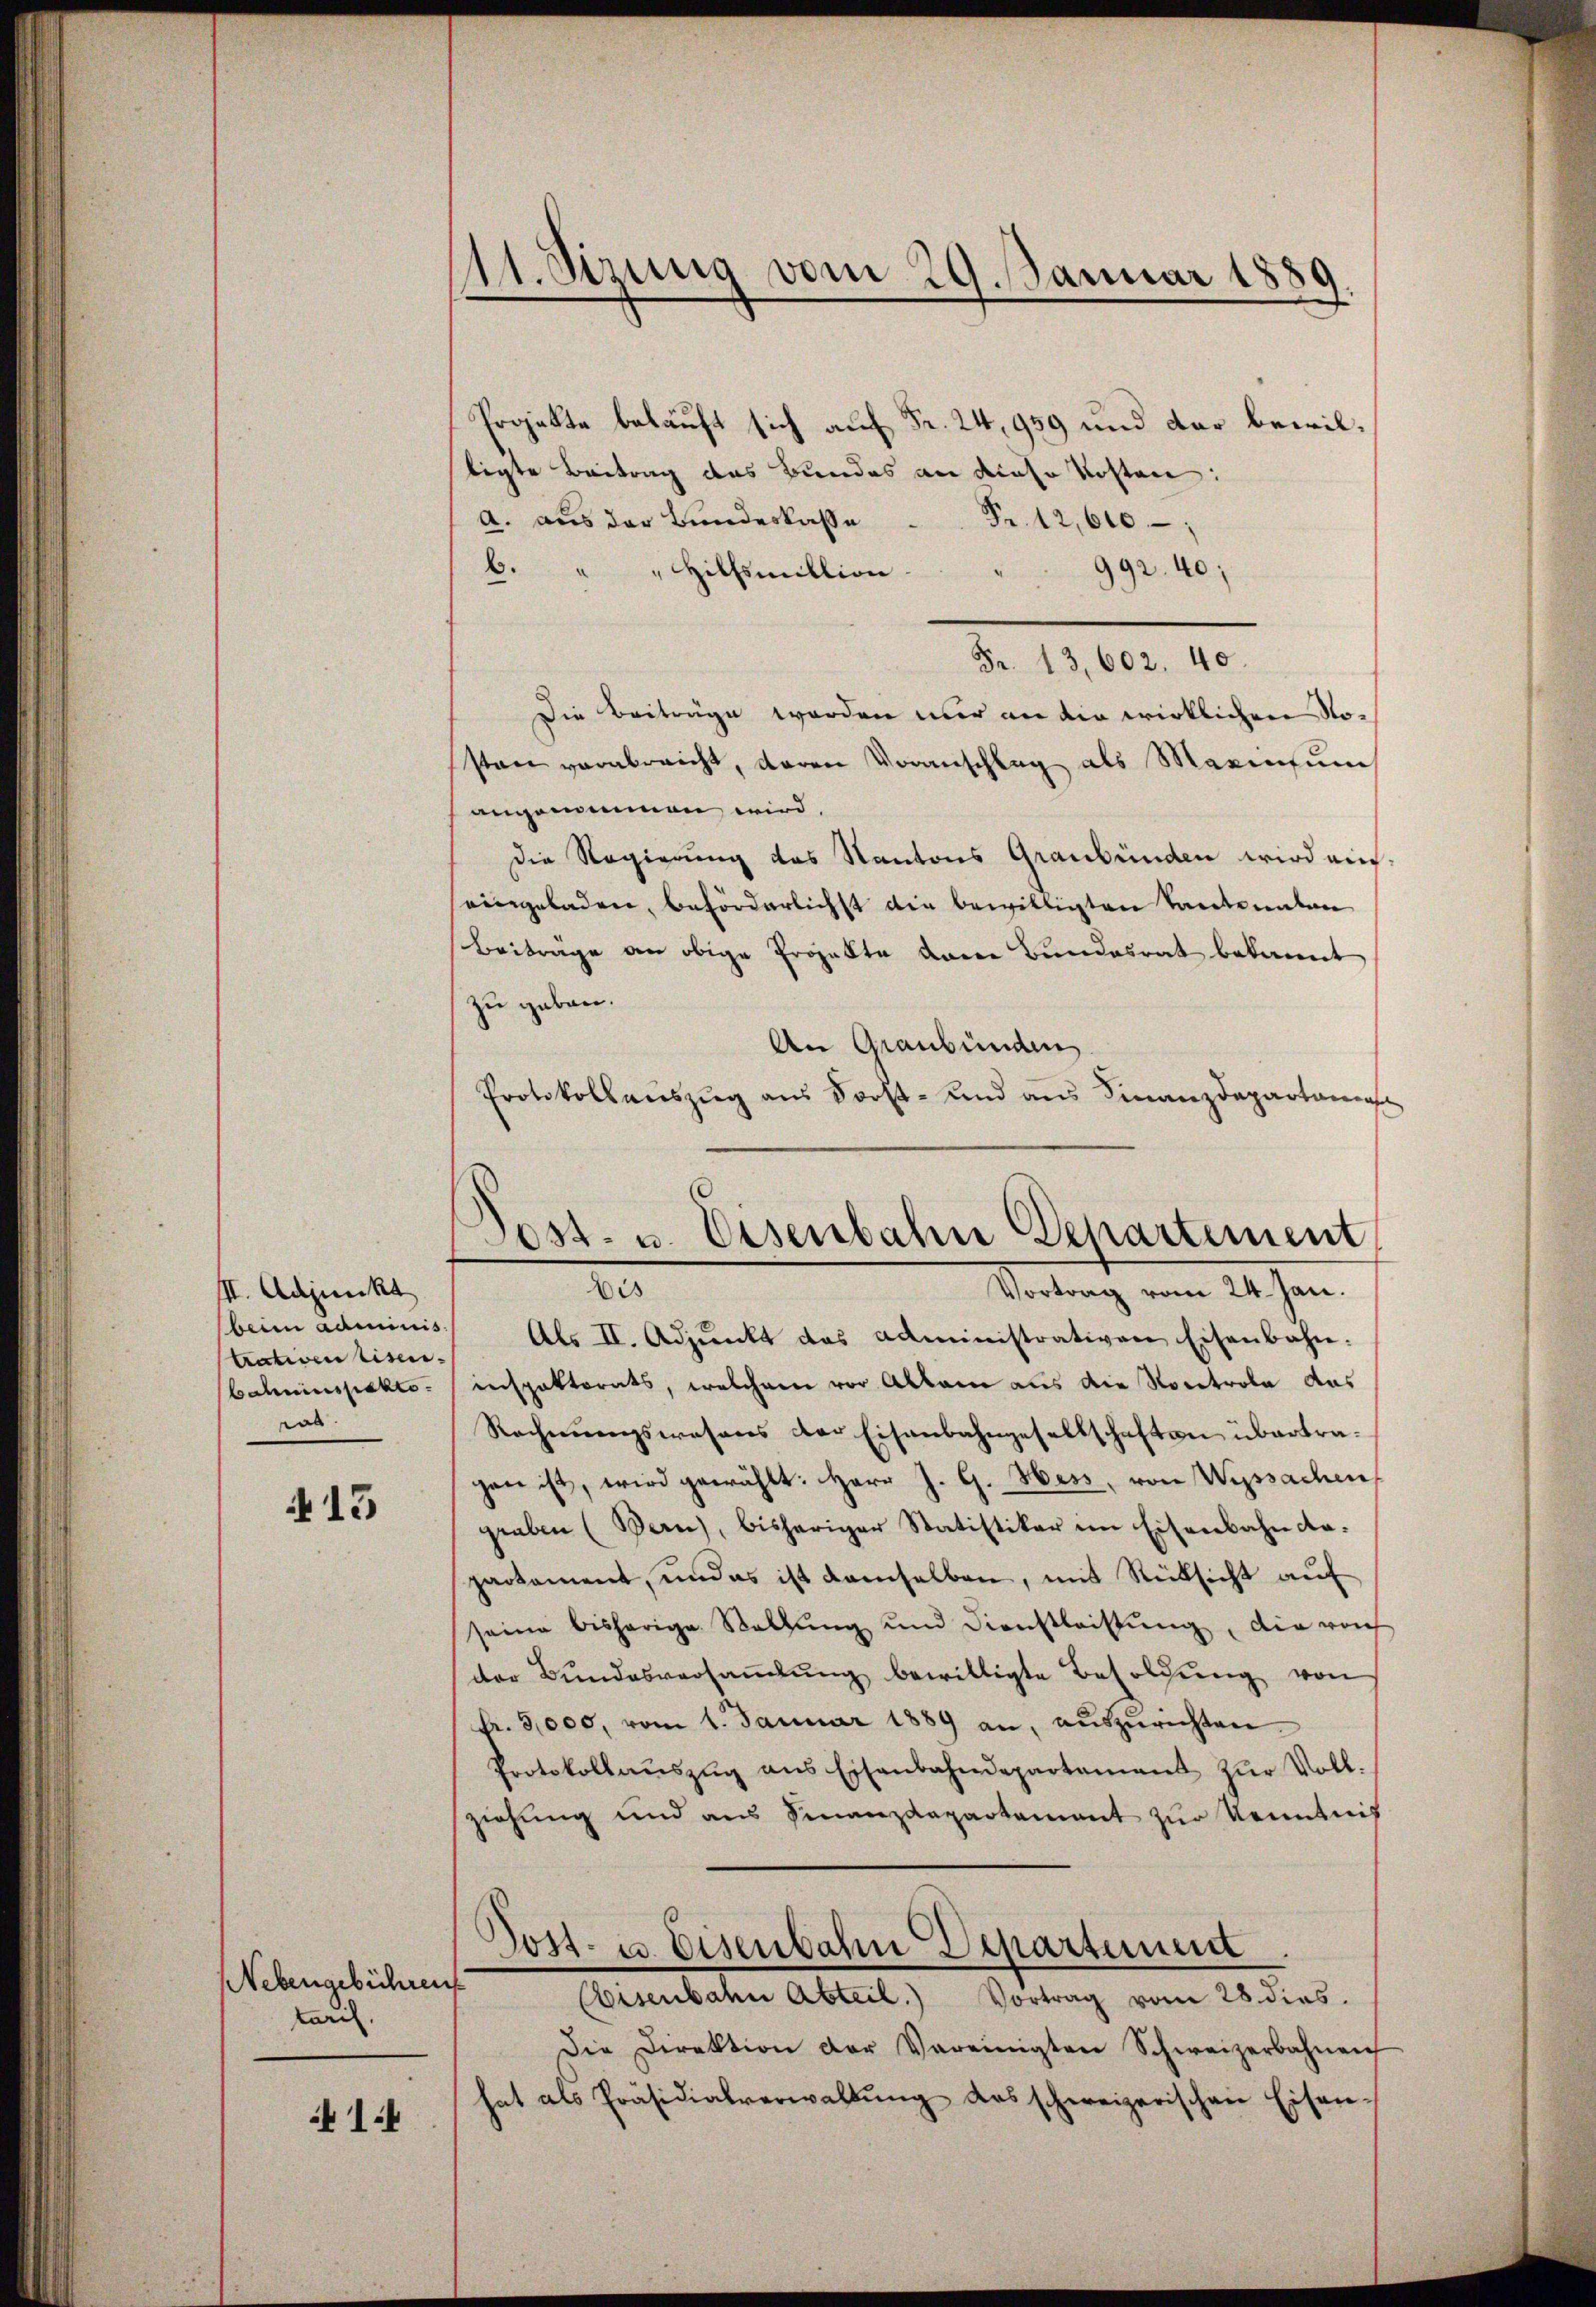
III. Adjunkt
beim adminis
trativen Eisen.
baheussickte.
a

13

Nebengebühren
taris.

1:4

11. Sizung vom 29. Januar 1889
—

Projekte belauft sich auf Fr. 24, 959 und der bewilligte Beitrag des Bundes an diese Kosten:
a. aus der Bŭndeskasse  ..  ..  Fr. 12,600
6. " " Hilfsmillion
992. 40;
Fr. 13,602. 40
Die Beiträge werden nur an die wirklichen Nosten verabreicht, deren Voranschlag als Marinsum
angenommen wird.
die Regierung des Kantons Graubünden wird aus-
seingeladen, beförderlichst die bewilligten Tanterenten
Beitrage an obige Projekte dann Bundesrat bekannt
zu geben.
An Graubünden
Protokollauszug aus Vorst- und aus Finanzdepartari

Dost. u. Eisenbahn Departement

Dis
Vortrag vom 24. Jan.
Als II. Adjunkt das Administrativen Eisenbahn.
inspektorats, welchem vor Allam aus die Nocetrola das
Rechnungswesens der Eisenbahngesellschaften übertragen ist, wird gewählt: Herr J. G. Hess, von Wyssachen
graben (Bern, bisheriger Statistiker im Eisenbahn dapartament, und es ist demselben, mit Rücksicht aŭf
seine bisherige Stellŭng und Dienstleistŭng, die vorh
der Bŭndesversaṁlŭng bewilligte Besoldŭng von
Fr. 5,000, vom 1. Januar 1889 an, aŭszŭrichten.
Protokollaŭszŭg ans Eisenbahndepartamant zŭr Voll-
ziehung und aus Finanzdepartament zur Kenntnis
Post- u. Eisenbahn Departemen
Eisenbahn Abteil. Vortrag vom 28. dies
Die Direktion der Vereinigten Schweizerbahnen
hat als Präsidialverwaltŭng das schweizerischen Eisen¬